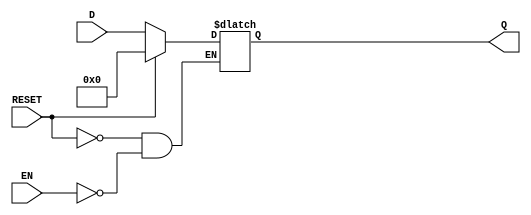
module LatchRegister #(
    parameter WIDTH = 8  // Define the width of the register (number of bits)
)(
    input wire [WIDTH-1:0] D,      // Data input
    input wire EN,                  // Enable signal
    input wire RESET,               // Reset signal
    output reg [WIDTH-1:0] Q        // Data output
);

    // Sequential logic for the latch register
    always @(*) begin
        if (RESET) begin
            Q <= {WIDTH{1'b0}};       // Reset the register to zero
        end else if (EN) begin
            Q <= D;                   // Latch the input data when enabled
        end
        // If EN is low and RESET is not asserted, Q retains its previous value
    end

endmodule